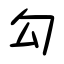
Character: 勾